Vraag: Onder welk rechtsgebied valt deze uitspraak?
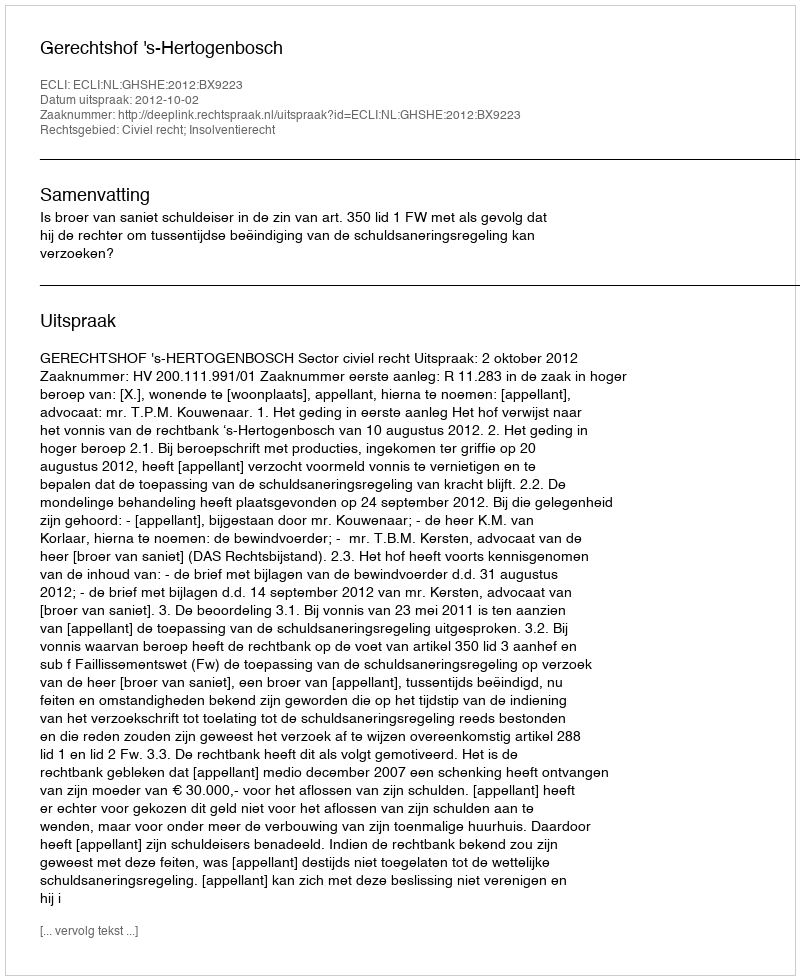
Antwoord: Civiel recht; Insolventierecht